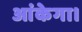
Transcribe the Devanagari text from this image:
आंकेगा।